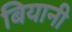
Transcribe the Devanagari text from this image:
बियानी